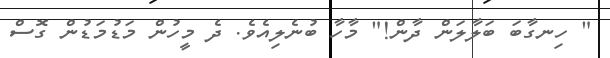
" ހިނގާބަ ބަލާލަން ދާން!" މާހާ ބުނެލިއެވެ. ދެ މީހުން މަޑުމަޑުން ގޮސް